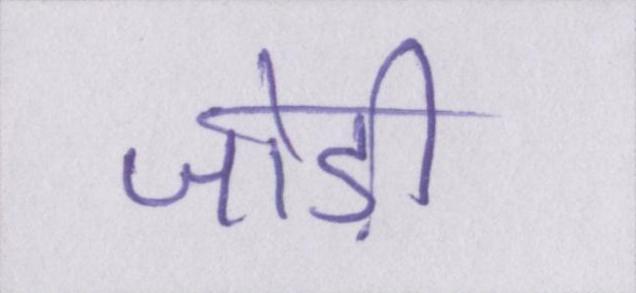
जोड़ी